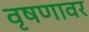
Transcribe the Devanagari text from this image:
वृषणावर